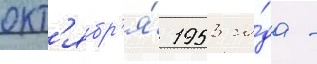
окт'ябр'я́ 1953 го́да -